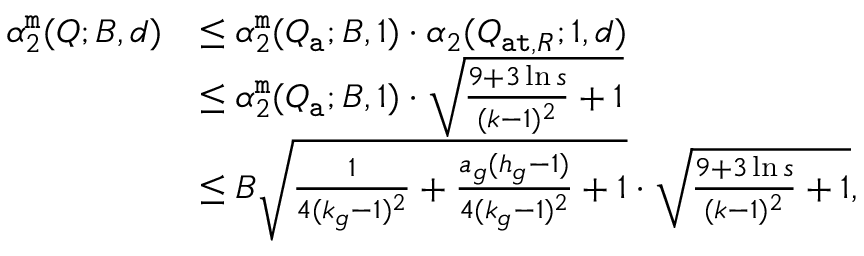
\begin{array} { r l } { \alpha _ { 2 } ^ { \tt m } ( Q ; B , d ) } & { \leq \alpha _ { 2 } ^ { \tt m } ( Q _ { \tt a } ; B , 1 ) \cdot \alpha _ { 2 } ( Q _ { { \tt a t } , R } ; 1 , d ) } \\ & { \leq \alpha _ { 2 } ^ { \tt m } ( Q _ { \tt a } ; B , 1 ) \cdot \sqrt { \frac { 9 + 3 \ln s } { ( k - 1 ) ^ { 2 } } + 1 } } \\ & { \leq B \sqrt { \frac { 1 } { 4 ( k _ { g } - 1 ) ^ { 2 } } + { \frac { a _ { g } ( h _ { g } - 1 ) } { 4 ( k _ { g } - 1 ) ^ { 2 } } } + 1 } \cdot \sqrt { \frac { 9 + 3 \ln s } { ( k - 1 ) ^ { 2 } } + 1 } , } \end{array}